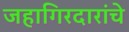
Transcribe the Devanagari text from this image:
जहागिरदारांचे